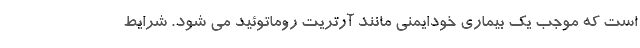
است که موجب یک بیماری خودایمنی مانند آرتریت روماتوئید می شود. شرایط